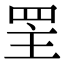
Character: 罜